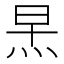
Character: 𪸣